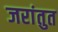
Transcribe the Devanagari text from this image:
जरांतुत